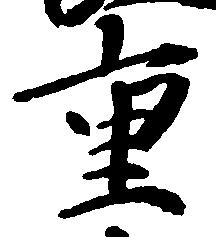
重